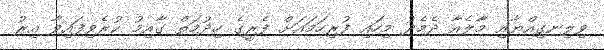
ވިލިނގިއްޔާއި މާލެއާ ދެމެދު މިހައި ފުރިހަމައަށް ފެރީގެ ހިދުމަތް ގާއިމު ކުރެވިފައިވާ އިރު